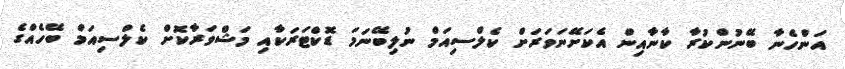
އަންހެނާ ބޭނުންކުރާ ކާނާއިން އެކަށޭނަވަރަށް ކެލްސިއަމް ނުލިބޭނަމަ ޑޮކްޓަރަކާއި މަޝްވަރާކޮށް ކެލްސިއަމް ބޭހެއްގެ